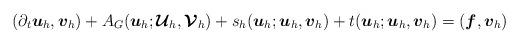
LaTeX: \begin{align*} (\partial_t {\boldsymbol{u}}_h,{\boldsymbol{v}}_h) + A_G({\boldsymbol{u}}_h;\boldsymbol{\mathcal{U}}_h,{\boldsymbol{\mathcal{V}}}_h) + s_h({\boldsymbol{u}}_h;{\boldsymbol{u}}_h,{\boldsymbol{v}}_h) + t({\boldsymbol{u}}_h;{\boldsymbol{u}}_h,{\boldsymbol{v}}_h) = (\boldsymbol{f},{\boldsymbol{v}}_h) \end{align*}